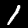
Digit: 1